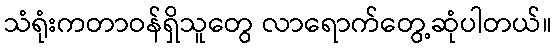
သံရုံးကတာဝန်ရှိသူတွေ လာရောက်တွေ့ဆုံပါတယ်။